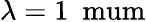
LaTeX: \lambda=1~\mathrm{\ mum}